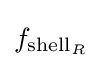
f_{{\text{shell}}_{R}}